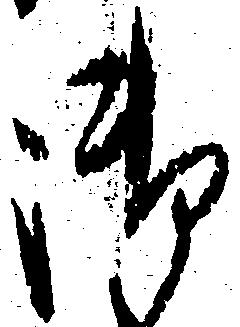
御